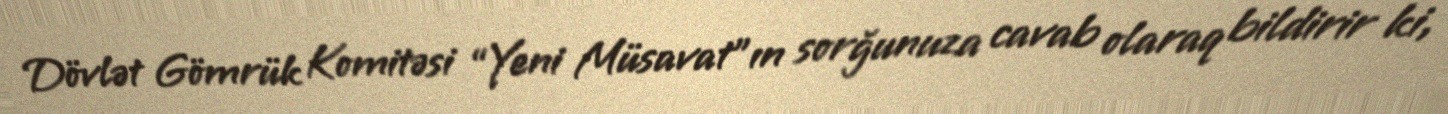
Dövlət Gömrük Komitəsi “Yeni Müsavat”ın sorğunuza cavab olaraq bildirir ki,